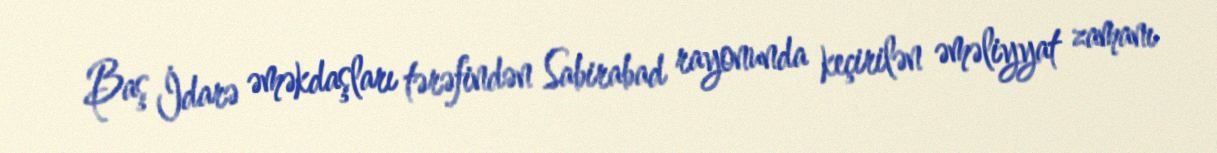
Baş İdarə əməkdaşları tərəfindən Sabirabad rayonunda keçirilən əməliyyat zamanı